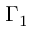
\Gamma _ { 1 }